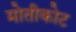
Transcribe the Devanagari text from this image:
मोतीकोट